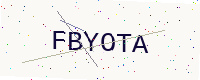
Text: FBYOTA